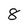
Character: 8